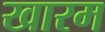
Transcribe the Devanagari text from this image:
खारम